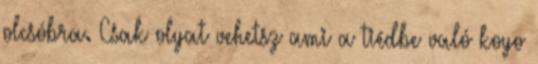
olcsóbra. Csak olyat vehetsz ami a tiédbe való koyo